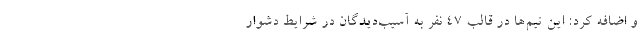
و اضافه کرد: این تیم‌ها در قالب ۴۷ نفر به آسیب‌دیدگان در شرایط دشوار